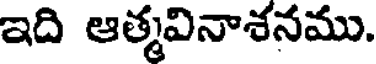
ఇది ఆత్మవినాశనము.